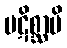
ပဋိစ္ဆာမိ